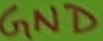
Text: GND